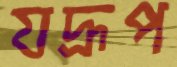
যদ্রূপ